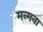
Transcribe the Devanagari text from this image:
मन्मना